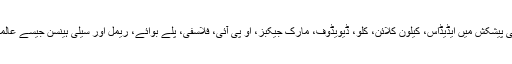
کوٹی کی مصنوعاتی پیشکش میں ایڈیڈاس، کیلون کلائن، کلو، ڈیویڈوف، مارک جیکبز، او پی آئی، فلاسفی، پلے بوائے، ریمل اور سیلی ہینسن جیسے عالمی برانڈز شامل ہیں۔